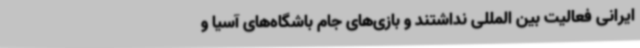
ایرانی فعالیت بین المللی نداشتند و بازی‌های جام باشگاه‌های آسیا و